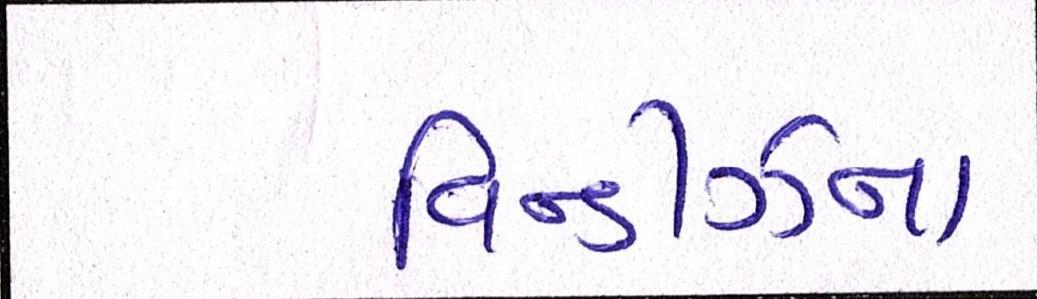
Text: વિન્ડીઝના